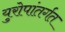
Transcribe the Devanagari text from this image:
युरोपांतर्गत